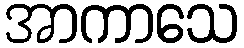
အာကာသေ